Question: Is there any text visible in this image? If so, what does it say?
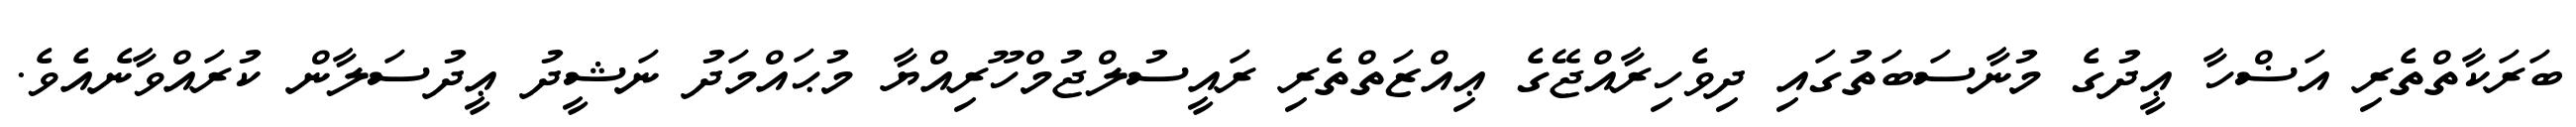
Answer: ބަރަކާތްތެރި އަޟްހާ ޢީދުގެ މުނާސަބަތުގައި ދިވެހިރާއްޖޭގެ ޢިއްޒަތްތެރި ރައީސުލްޖުމްހޫރިއްޔާ މުޙައްމަދު ނަޝީދު ޢީދުސަލާން ކުރައްވާނެއެވެ.